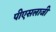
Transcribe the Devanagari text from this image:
पीएसलाजी